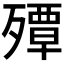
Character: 𭮠